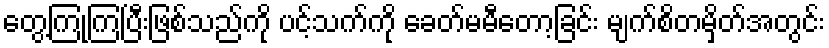
တွေ့ကြုံကြပြီးဖြစ်သည်ကို ပင့်သက်ကို ခေတ်မမီတော့ခြင်း မျက်စိတမှိတ်အတွင်း